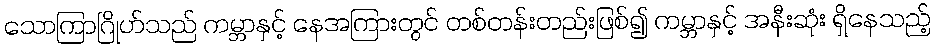
သောကြာဂြိုဟ်သည် ကမ္ဘာနှင့် နေအကြားတွင် တစ်တန်းတည်းဖြစ်၍ ကမ္ဘာနှင့် အနီးဆုံး ရှိနေသည့်